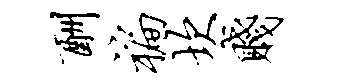
酬褊坎贱